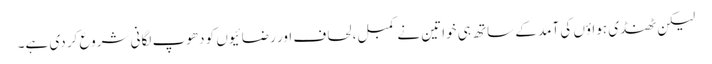
لیکن ٹھنڈی ہواؤں کی آمد کے ساتھ ہی خواتین نے کمبل، لحاف اور رضائیوں کو دھوپ لگانی شروع کر دی ہے۔